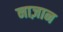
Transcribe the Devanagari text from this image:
नाज़ान